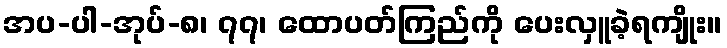
အပ-ပါ-အုပ်-၈၊ ၇၇၊ ထောပတ်ကြည်ကို ပေးလှူခဲ့ရကျိုး။